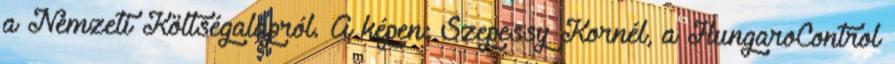
a Nemzeti Költségalapról. A képen: Szepessy Kornél, a HungaroControl